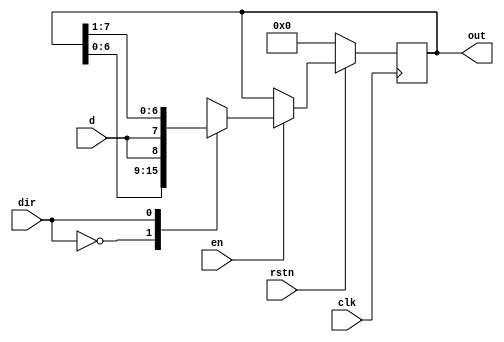
`timescale 1ns / 1ps



module bsr#(parameter MSB=8) (  
    input d, // Declare input for data to the first flop in the shift register  
    input clk, // Declare input for the clock to all flops in the shift register   
    input en,  // Declare input for enable to switch the shift register on/off  
    input dir, // Declare input to shift in either left or right direction  
    input rstn, // Declare input to reset the register to a default value  
    output reg [MSB-1:0] out); // Declare output to read out the current value of all flops in this register  

   always @ (posedge clk)  
      if (!rstn)  
         out <= 0;  
      else begin  
         if (en)  
            case (dir)  
               0 :  out <= {out[MSB-2:0], d};  
               1 :  out <= {d, out[MSB-1:1]};  
            endcase  
         else  
            out <= out;  
      end  
endmodule